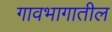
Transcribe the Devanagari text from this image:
गावभागातील